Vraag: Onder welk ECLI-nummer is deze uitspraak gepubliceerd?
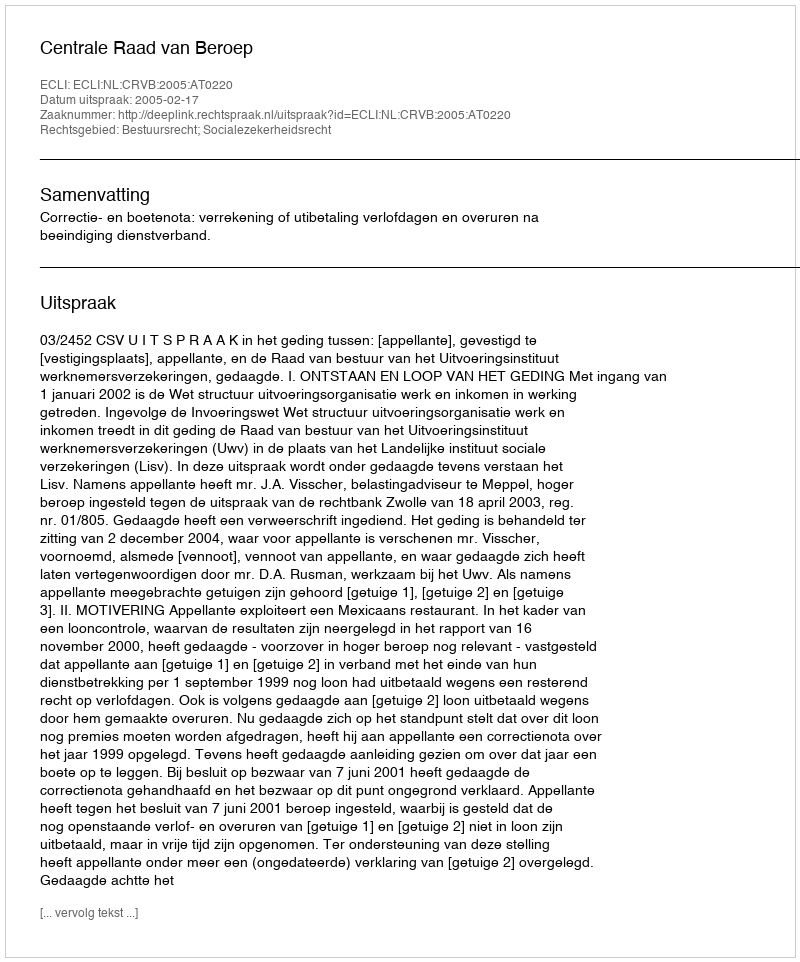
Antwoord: ECLI:NL:CRVB:2005:AT0220